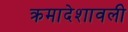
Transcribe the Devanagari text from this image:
क्रमादेशावली